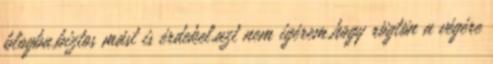
blogba,biztos mást is érdekel,azt nem igérem,hogy rögtön a végére